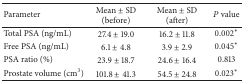
<table><thead><tr><td><b>Parameter</b></td><td><b>Mean ± SD (before)</b></td><td><b>Mean ± SD (after)</b></td><td><b><i>P</i> value</b></td></tr></thead><tbody><tr><td>Total PSA (ng/mL)</td><td>27.4 ± 19.0</td><td>16.2 ± 11.8</td><td>0.002<sup>∗</sup></td></tr><tr><td>Free PSA (ng/mL)</td><td>6.1 ± 4.8</td><td>3.9 ± 2.9</td><td>0.045<sup>∗</sup></td></tr><tr><td>PSA ratio (%)</td><td>23.9 ± 18.7</td><td>24.6 ± 16.4</td><td>0.813</td></tr><tr><td>Prostate volume (cm<sup>3</sup>)</td><td>101.8 ± 41.3</td><td>54.5 ± 24.8</td><td>0.023<sup>∗</sup></td></tr></tbody></table>